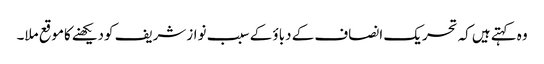
وہ کہتےہیں کہ تحریک انصاف کے دباؤ کے سبب نوازشریف کودیکھنےکاموقع ملا۔